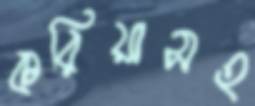
করিয়াসহ